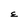
Character: E